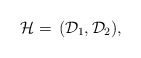
\begin{align*}\mathcal{H} = \,(\mathcal{D}_1, \mathcal{D}_2),\end{align*}